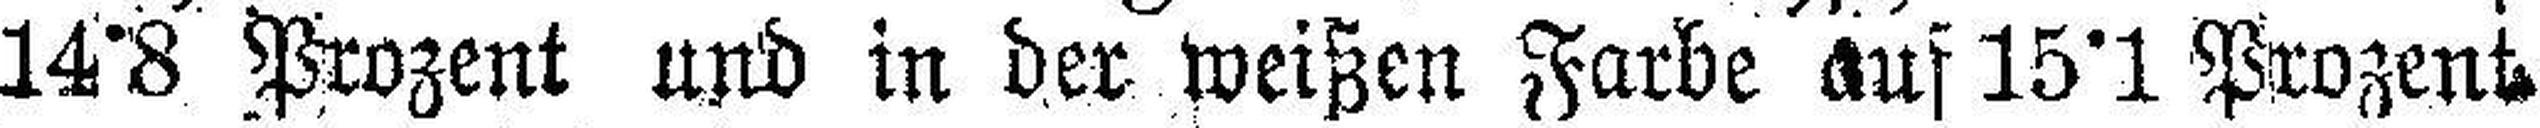
14°8 Prozent und in der weißen Farbe auf 15°1 Prozent